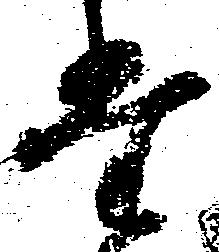
堂